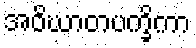
အဝိဃာတပက္ခိကာ